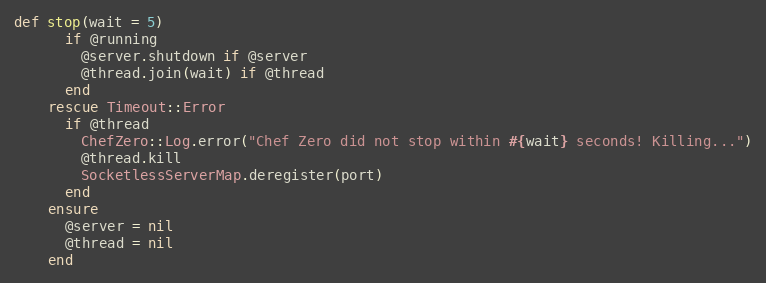
Language: Ruby
def stop(wait = 5)
      if @running
        @server.shutdown if @server
        @thread.join(wait) if @thread
      end
    rescue Timeout::Error
      if @thread
        ChefZero::Log.error("Chef Zero did not stop within #{wait} seconds! Killing...")
        @thread.kill
        SocketlessServerMap.deregister(port)
      end
    ensure
      @server = nil
      @thread = nil
    end